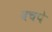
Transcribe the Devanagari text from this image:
वचपे